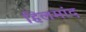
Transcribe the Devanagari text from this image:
हिलमांद